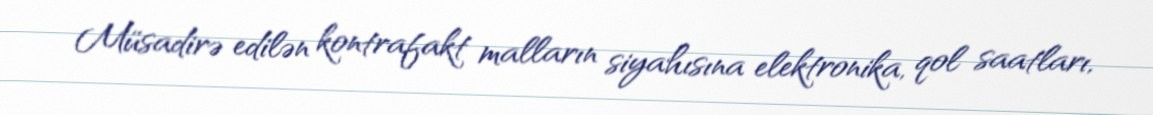
Müsadirə edilən kontrafakt malların siyahısına elektronika, qol saatları,